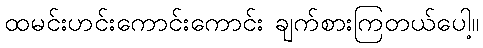
ထမင်းဟင်းကောင်းကောင်း ချက်စားကြတယ်ပေါ့။